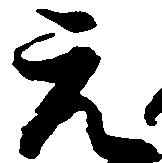
元